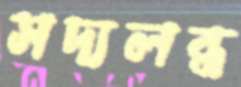
সদ্যলব্ধ